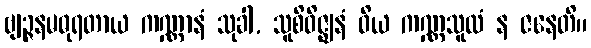
ဗျဉ္ဇနမဓုရတာယ ကဏ္ဏာနံ သုခါ, သူစိဝိဇ္ဈနံ ဝိယ ကဏ္ဏသူလံ န ဇနေတိ။